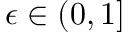
\epsilon \in ( 0 , 1 ]